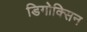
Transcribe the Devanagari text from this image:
डिगोक्सिन